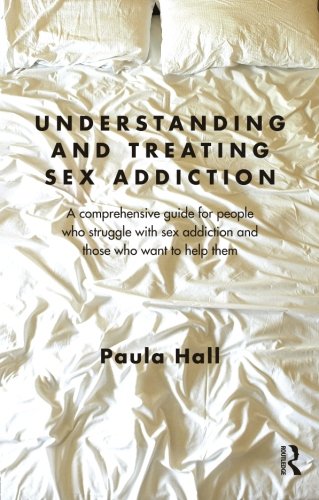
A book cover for Understanding and Treating Sex Addiction: A comprehensive guide for people who struggle with sex addiction and those who want to help them; Paula Hall; Health, Fitness & Dieting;